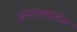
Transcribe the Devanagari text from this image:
जनरलकडेच